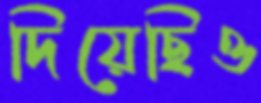
দিয়েছিও